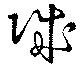
賊